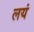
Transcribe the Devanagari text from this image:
लयं